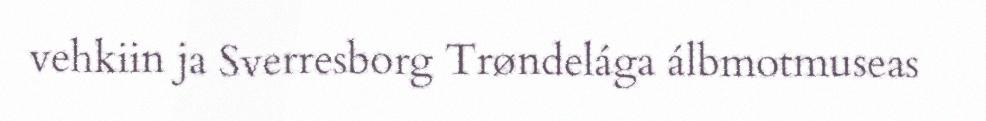
vehkiin ja Sverresborg Trøndelága álbmotmuseas